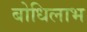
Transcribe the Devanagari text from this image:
बोधिलाभ